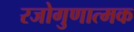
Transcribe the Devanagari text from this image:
रजोगुणात्मक